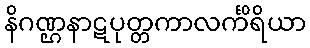
နိဂဏ္ဌနာဋပုတ္တကာလင်္ကိရိယာ